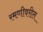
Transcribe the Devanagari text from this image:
रमणीवरील